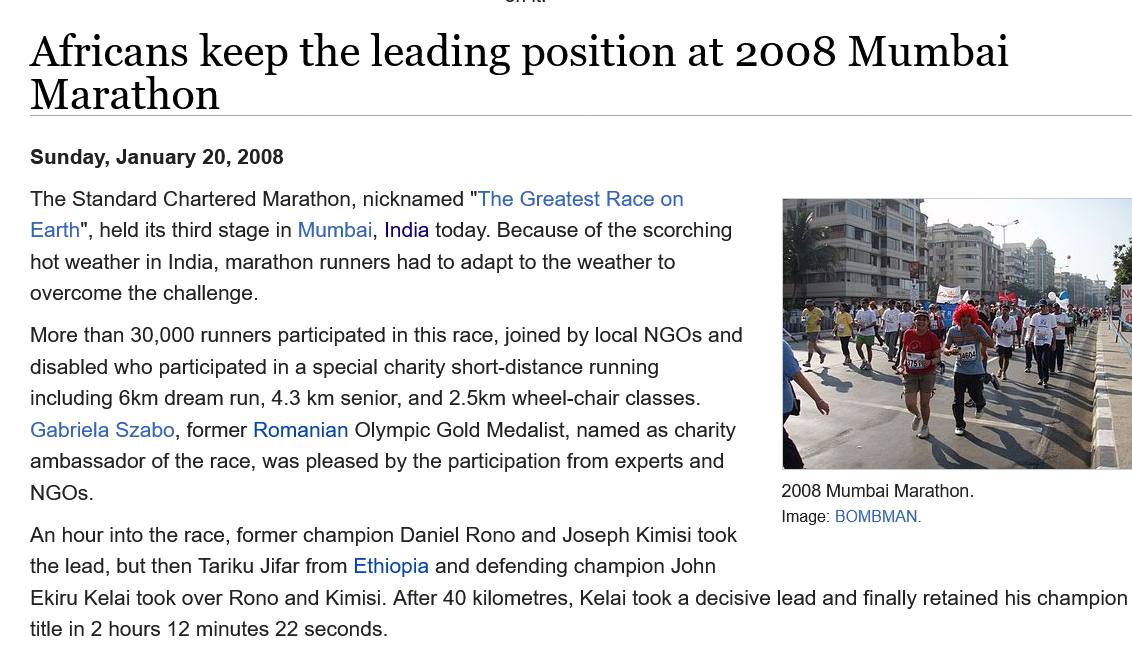
Ekiru Kelai took over Rono and Kimisi. After 40 kilometres, Kelai took a decisive lead and finally retained his champion
   title in 2 hours 12 minutes 22 seconds.
     2008 Mumbai Marathon.
     Image: BOMBMAN
   Sunday, January 20, 2008
   Africans    keep    the    leading    position    at  2008    Mumbai
   Marathon
   The Standard Chartered Marathon, nicknamed "The Greatest Race on
   Earth", held its third stage in Mumbai, India today. Because of the scorching
   hot weather in India, marathon runners had to adapt to the weather to
   overcome the challenge.
   More than 30,000 runners participated in this race, joined by local NGOs and
   disabled who participated in a special charity short-distance running
   including 6km dream run, 4.3 km senior, and 2.5km wheel-chair classes.
   Gabriela Szabo, former Romanian Olympic Gold Medalist, named as charity
   ambassador of the race, was pleased by the participation from experts and
   NGOs.
   An hour into the race, former champion Daniel Rono and Joseph Kimisi took
   the lead, but then Tariku Jifar from Ethiopia and defending champion John